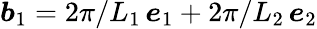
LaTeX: \boldsymbol b_{1}=2\pi/L_{1}\, \boldsymbol e_{1}+2\pi/L_{2}\, \boldsymbol e_{2}